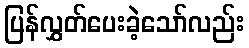
ပြန်လွှတ်ပေးခဲ့သော်လည်း